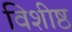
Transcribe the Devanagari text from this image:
विशीष्ठ